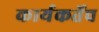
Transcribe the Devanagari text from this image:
कार्यकर्तेच